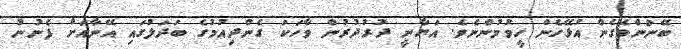
ބޭނުންވެގެން އުޅޭހެން ހީވުމުންނެވެ. އަޔާނީ ދުރުދުރުން ވާހަކަ ގެންދިއުމުގެ ބަދަލުގައި އޭނާއަށް ފެނުނު